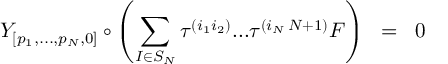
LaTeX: { \cal { Y } } _ { [ p _ { 1 } , . . . , p _ { N } , 0 ] } \circ \left( \sum _ { I \in S _ { N } } \tau ^ { ( i _ { 1 } i _ { 2 } ) } . . . \tau ^ { ( i _ { N } \, N + 1 ) } F \right) \; \; = \; \; 0